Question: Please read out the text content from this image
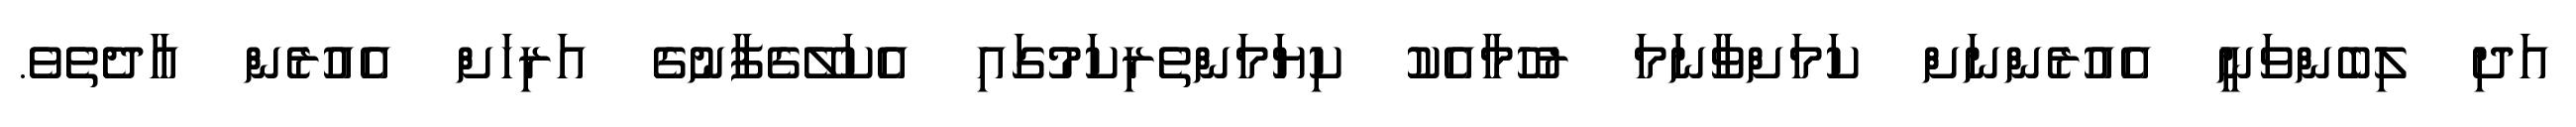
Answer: އަދި ލިބެންވަނީ އެއުރެންނަށް ކަމަށްވާނަމަ ރުހުމާއެކު ކިޔަމަންތެރިކަމުގައި އެކަލޭގެފާނުގެ އަރިހަށް އެއުރެން އާދެތެވެ.